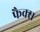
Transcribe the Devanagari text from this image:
फैक्‍स